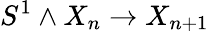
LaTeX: S^{1}\wedge X_{n}\to X_{n+1}